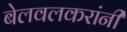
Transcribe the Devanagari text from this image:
बेलवलकरांनी